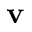
{ \bf v }